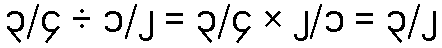
၃/၄ ÷ ၁/၂ = ၃/၄ × ၂/၁ = ၃/၂